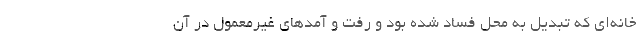
خانه‌ای که تبدیل به محل فساد شده بود و رفت و آمدهای غیرمعمول در آن